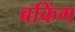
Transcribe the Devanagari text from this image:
बकिंग